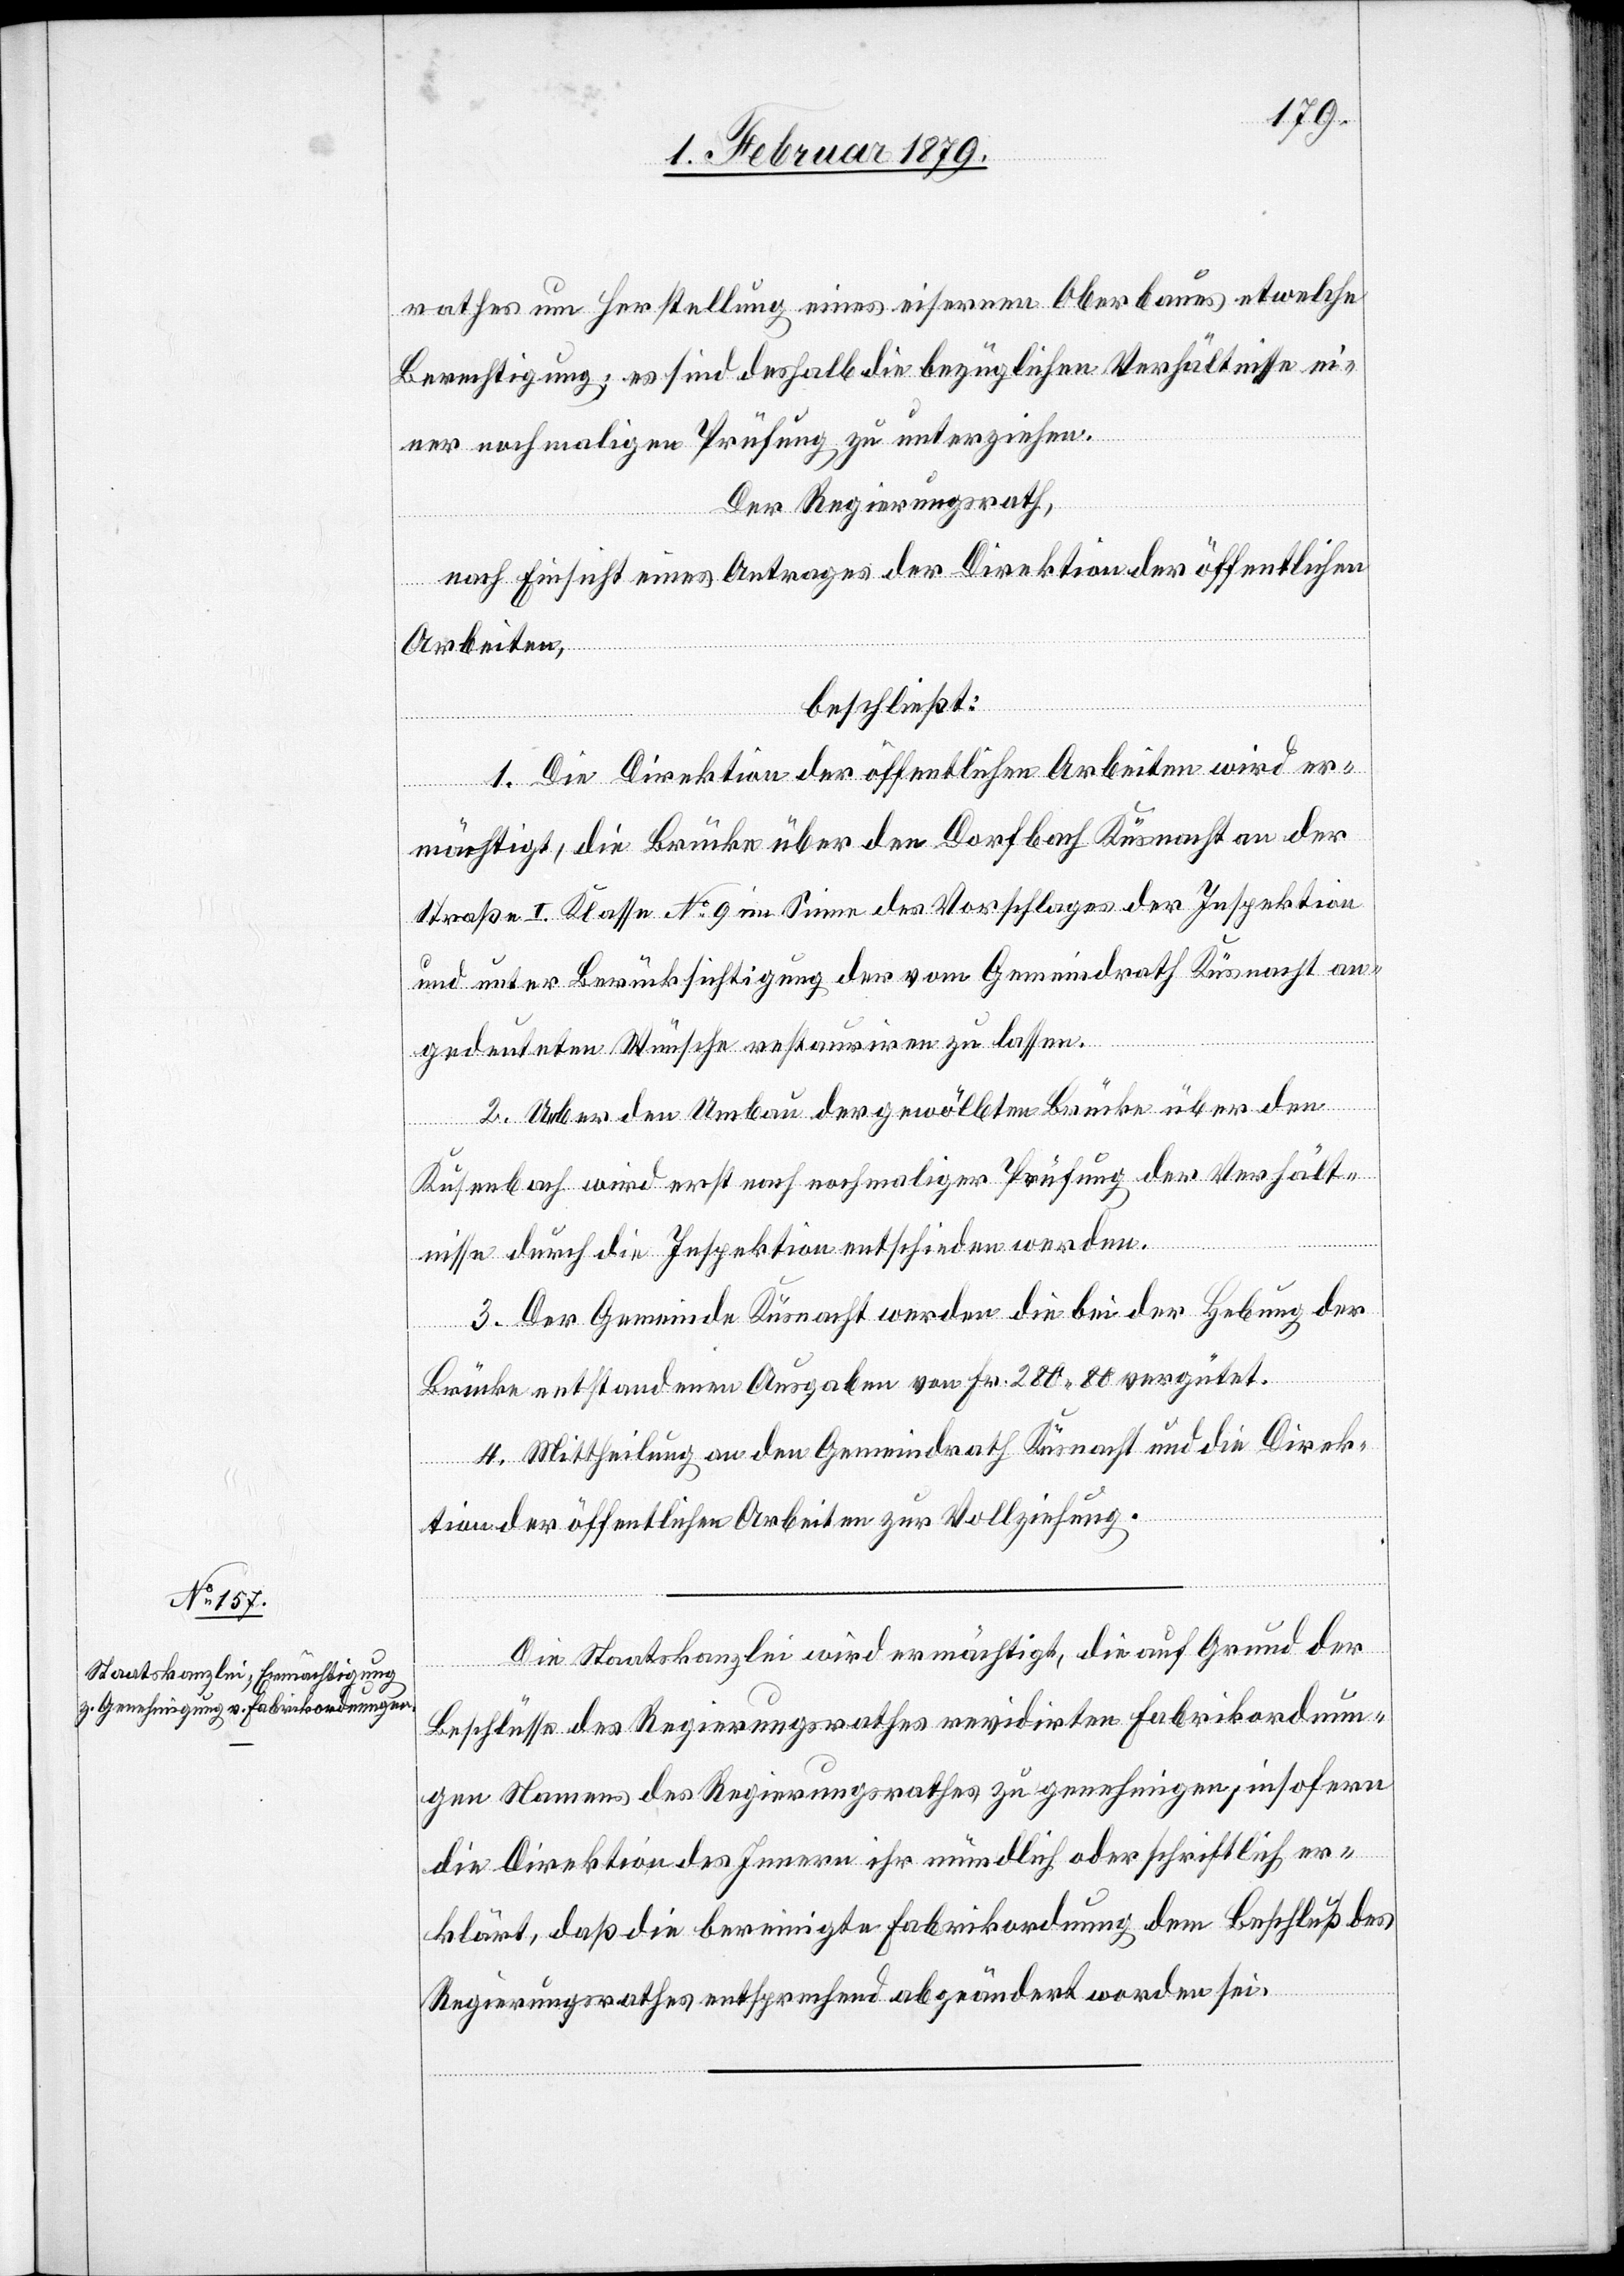
rathes um Herstellung eines eisernen Oberbaues etwelche
Berechtigung; es sind deshalb die bezüglichen Verhältnisse ei¬
ner nochmaligen Prüfung zu unterziehen.
Der Regierungsrath
nach Einsicht eines Antrages der Direktion der öffentlichen
Arbeiten,
beschließt:
1. Die Direktion der öffentlichen Arbeiten wird er¬
mächtigt, die Brücke über den Dorfbach Küsnacht an der
Straße I. Klasse No 9 im Sinne des Vorschlages der Inspektion
und unter Berücksichtigung der vom Gemeindrath Küsnacht an¬
gedeuteten Wünsche restauriren zu lassen.
2. Ueber den Umbau der gewölbten Brücke über den
Kusenbach wird erst nach nochmaliger Prüfung der Verhält¬
nisse durch die Inspektion entschieden werden.
3. Der Gemeinde Küsnacht werden die bei der Hebung der
Brücke entstandenen Ausgaben von Fr. 280.80 vergütet.
4. Mittheilung an den Gemeindrath Küsnacht und die Direk¬
tion der öffentlichen Arbeiten zur Vollziehung.
Die Staatskanzlei wird ermächtigt, die auf Grund der
Beschlüsse des Regierungsrathes revidirten Fabrikordnun¬
gen Namens des Regierungsrathes zu genehmigen, insofern
die Direktion des Innern ihr mündlich oder schriftlich er¬
klärt, daß die bereinigte Fabrikordnung dem Beschluß des
Regierungsrathes entsprechend abgeändert worden sei.